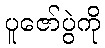
ပူဇော်ပွဲကို